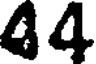
44